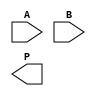
module wallace_tree_multiplier #(parameter A_WIDTH = 4, B_WIDTH = 4)(
    input [A_WIDTH-1:0] A,
    input [B_WIDTH-1:0] B,
    output reg [A_WIDTH + B_WIDTH - 1:0] P
);

    // Generate Partial Products
    wire [A_WIDTH-1:0] pp[B_WIDTH-1:0];
    genvar i;
    generate
        for (i = 0; i < B_WIDTH; i = i + 1) begin : partial_products
            assign pp[i] = A & {A_WIDTH{B[i]}};
        end
    endgenerate

    // Wallace Tree Reduction
    wire [A_WIDTH + B_WIDTH - 1:0] sum_level1 [0:1];
    wire [A_WIDTH + B_WIDTH - 1:0] carry_level1 [0:1];
    wire [A_WIDTH + B_WIDTH - 1:0] sum_level2;
    wire [A_WIDTH + B_WIDTH - 1:0] carry_level2;

    // First Level Reduction
    generate
        for (i = 0; i < B_WIDTH; i = i + 1) begin : reduction_level1
            if (i % 3 == 0) begin
                assign {carry_level1[i/3], sum_level1[i/3]} = pp[i] + pp[i+1] + pp[i+2];
            end
        end
    endgenerate

    // Second Level Reduction
    assign sum_level2 = sum_level1[0] + sum_level1[1] + carry_level1[0];
    assign carry_level2 = carry_level1[1];

    // Final Addition
    always @(*) begin
        P = sum_level2 + carry_level2;
    end

endmodule